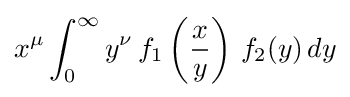
x^{\mu }\int _{0}^{\infty }y^{\nu }\,f_{1}\left({\frac {x}{y}}\right)\,f_{2}(y)\,dy